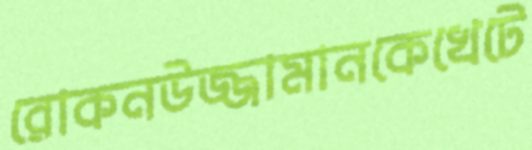
রোকনউজ্জামানকেখেটে